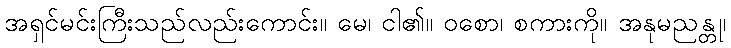
အရှင်မင်းကြီးသည်လည်းကောင်း။ မေ၊ ငါ၏။ ဝစော၊ စကားကို။ အနုမညန္တု၊